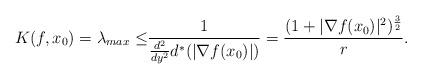
LaTeX: \begin{align*}K(f,x_0)=\lambda_{max} \leq & \dfrac{1}{ \frac{d^2}{dy^2} d^{*}(|\nabla f(x_0)|)}= \dfrac{(1+|\nabla f(x_0)|^2)^\frac{3}{2}}{r}.\end{align*}